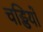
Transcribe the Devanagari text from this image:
चड्डियों